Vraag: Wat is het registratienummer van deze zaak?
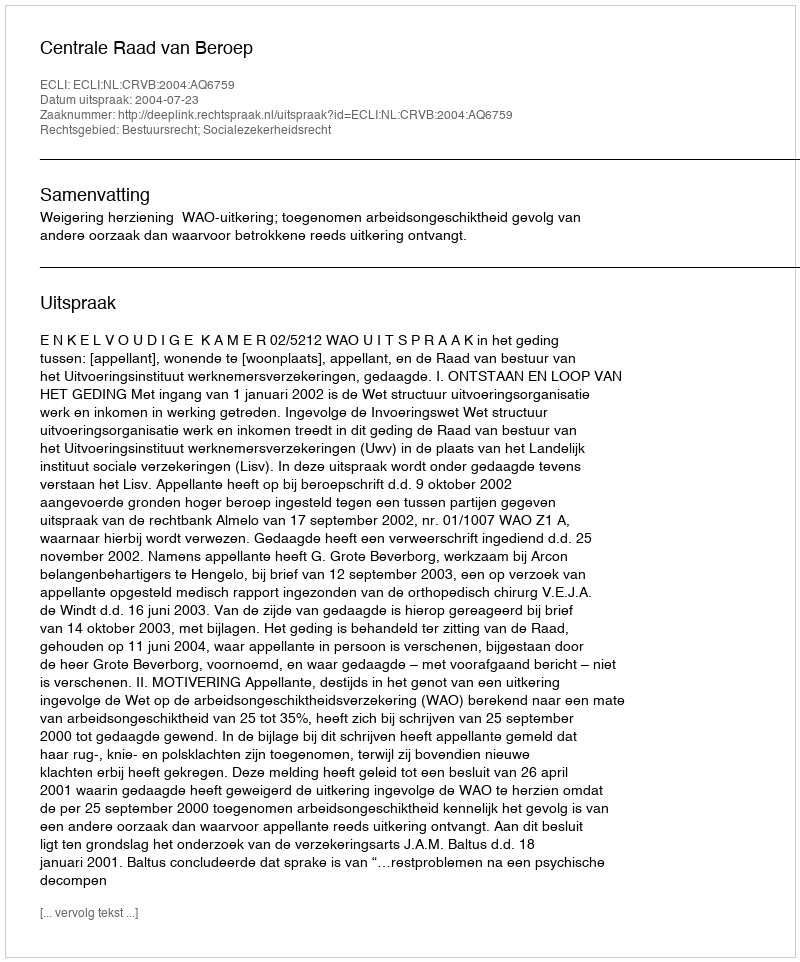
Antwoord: http://deeplink.rechtspraak.nl/uitspraak?id=ECLI:NL:CRVB:2004:AQ6759